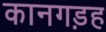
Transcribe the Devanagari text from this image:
कानगड़ह